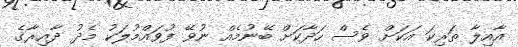
އާއިލާ ތަރިކަ އަކަށް ވެސް ހަދާކަށް ބޭނުމެއް ނުވޭ ފުވައްމުލަކު މެދު ދާއިރާގެ